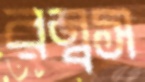
রম্বস